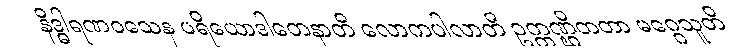
နိဒ္ဓါရဏဝသေန ပရိယောဒါတေနာတိ လောကပါလာတိ ဥက္ကဏ္ဌိတတာ မဂ္ဂေသူတိ